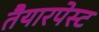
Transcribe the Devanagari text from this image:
तैयारपेस्ट